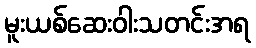
မူးယစ်ဆေးဝါးသတင်းအရ